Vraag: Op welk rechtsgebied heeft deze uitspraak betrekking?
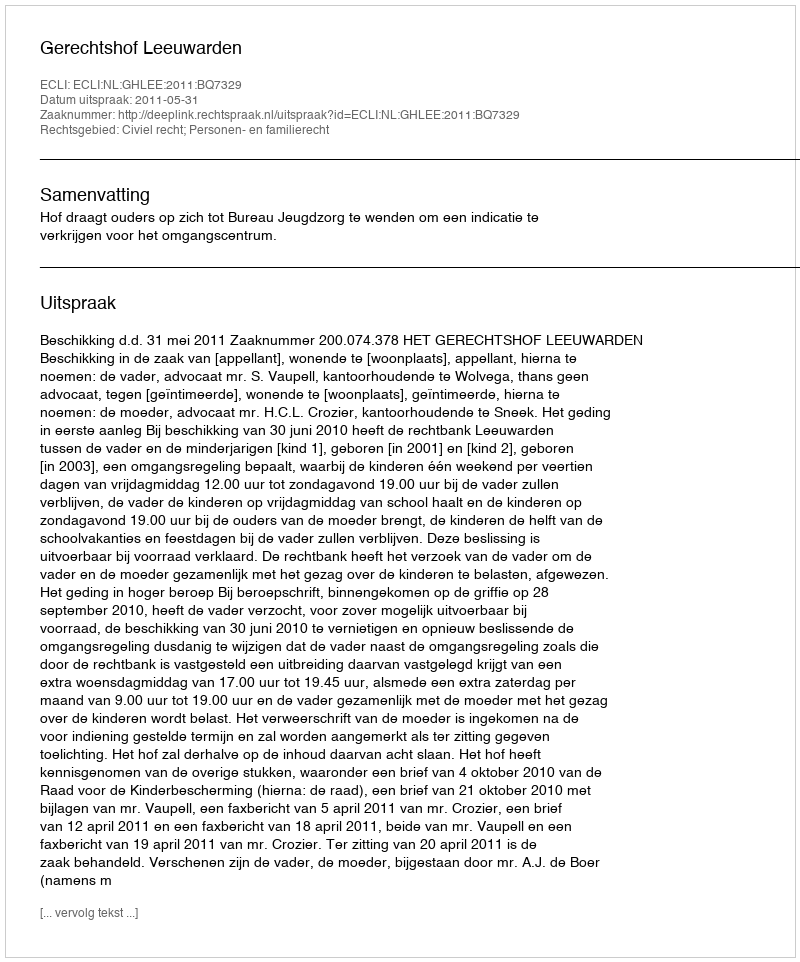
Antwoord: Civiel recht; Personen- en familierecht